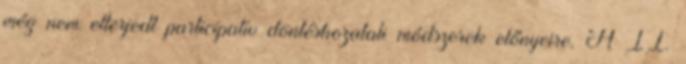
még nem elterjedt participatív döntéshozatali módszerek előnyeire. A II.